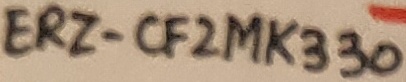
Text: ERZ-CF2MK330